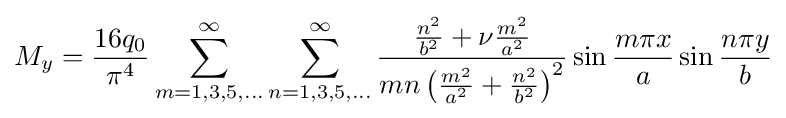
M_{y}={\frac {16q_{0}}{\pi ^{4}}}\sum _{m=1,3,5,...}^{\infty }\sum _{n=1,3,5,...}^{\infty }{\frac {{\frac {n^{2}}{b^{2}}}+\nu {\frac {m^{2}}{a^{2}}}}{mn\left({\frac {m^{2}}{a^{2}}}+{\frac {n^{2}}{b^{2}}}\right)^{2}}}\sin {\frac {m\pi x}{a}}\sin {\frac {n\pi y}{b}}